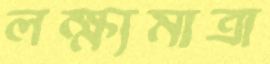
লক্ষ্যমাত্রা